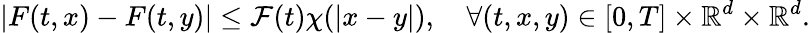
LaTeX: |F(t,x)-F(t,y)|\leq\mathcal{F}(t)\chi(|x-y|),\quad\forall(t,x,y)\in[0,T]\times\mathbb{{R}}^{d}\times\mathbb{{R}}^{d}.